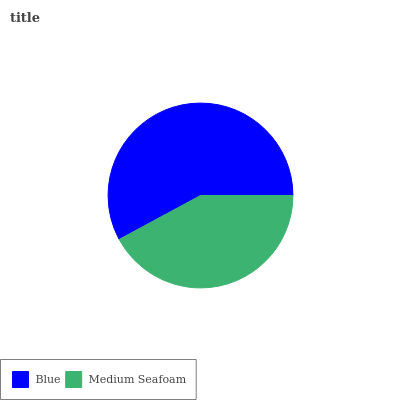
| Blue | Medium Seafoam |
 | --- | --- |
 | 57.9% | 42.1% |